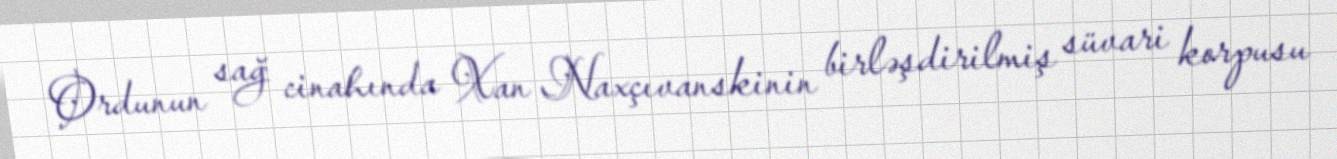
Ordunun sağ cinahında Xan Naxçıvanskinin birləşdirilmiş süvari korpusu